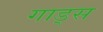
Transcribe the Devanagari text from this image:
गाड्स